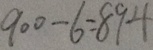
9 0 0 - 6 = 8 9 4